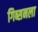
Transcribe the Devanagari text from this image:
गिब्सनला